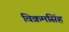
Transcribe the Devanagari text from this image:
विक्रमसिंह